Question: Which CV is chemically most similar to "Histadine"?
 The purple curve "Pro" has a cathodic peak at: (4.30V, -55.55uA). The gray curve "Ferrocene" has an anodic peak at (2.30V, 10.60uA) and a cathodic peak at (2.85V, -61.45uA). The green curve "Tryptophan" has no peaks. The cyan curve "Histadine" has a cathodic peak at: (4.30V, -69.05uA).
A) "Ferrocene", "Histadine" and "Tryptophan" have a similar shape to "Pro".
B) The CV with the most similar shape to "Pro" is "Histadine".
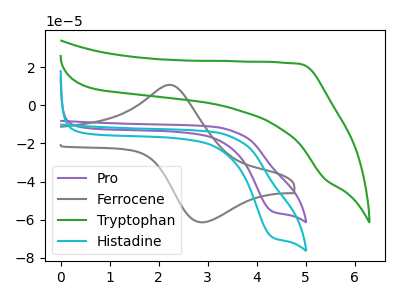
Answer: <think>"Pro" and "Ferrocene" have a different number of peaks. "Pro" and "Tryptophan" have a different number of peaks. All the peaks in "Pro" have a peak in "Histadine" at the same potential. Every peak in "Pro" is lower than every peak in "Histadine". "Ferrocene" and "Tryptophan" have a different number of peaks. "Ferrocene" and "Histadine" have a different number of peaks. "Tryptophan" and "Histadine" have a different number of peaks.
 </think>
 <answer>B) The CV with the most similar shape to "Pro" is "Histadine".</answer>
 <eval>B</eval>